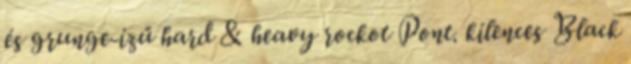
és grunge-ízű hard & heavy rockot Pont. kilences Black